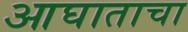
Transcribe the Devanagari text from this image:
आघाताचा